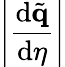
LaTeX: \left|\frac{\mathrm{d}\tilde{\mathbf{q}}}{\mathrm{d}\eta}\right|